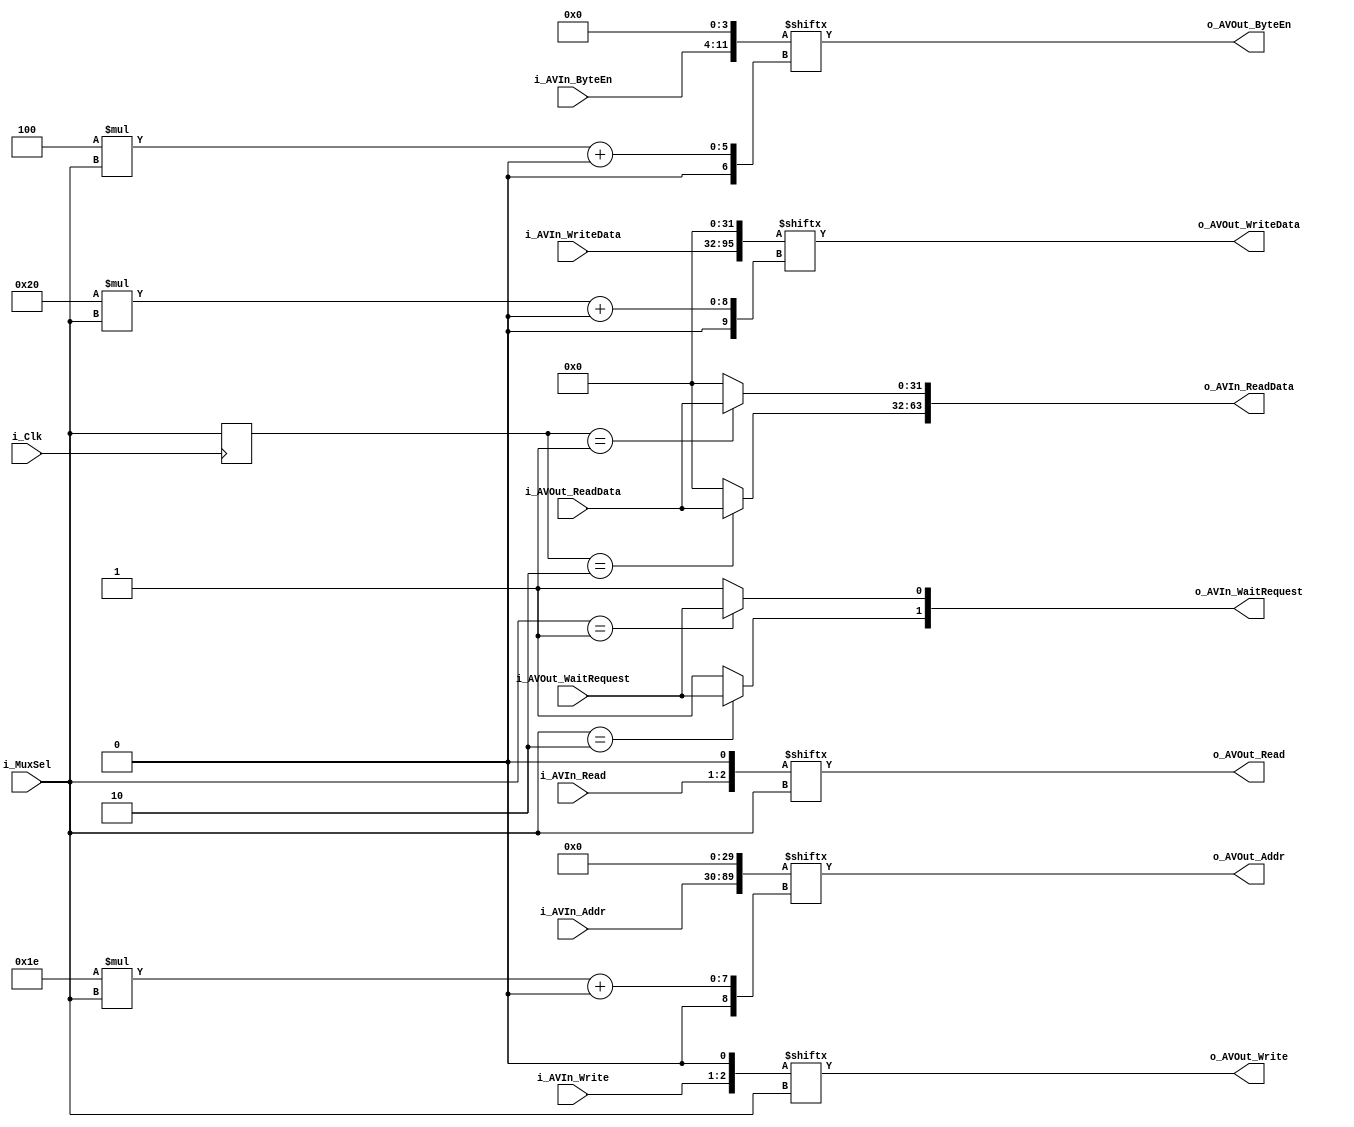
`timescale 1ns / 1ps

module BusMux#(
    parameter NUM_INPUTS = 2 
    )(
    input i_Clk,

    input [$clog2(NUM_INPUTS+1)-1:0]i_MuxSel,

    //Avalon master inputs
    input [(30*(NUM_INPUTS))-1:0] i_AVIn_Addr,
    input [(4*(NUM_INPUTS))-1:0] i_AVIn_ByteEn,
    input [(1*(NUM_INPUTS)-1):0] i_AVIn_Read,
    input [(1*(NUM_INPUTS))-1:0] i_AVIn_Write,
    output reg [(32*(NUM_INPUTS)-1):0] o_AVIn_ReadData,
    input [(32*(NUM_INPUTS)-1):0] i_AVIn_WriteData,
    output reg [(1*(NUM_INPUTS))-1:0] o_AVIn_WaitRequest,

    //Avalon slave output
    output [29:0] o_AVOut_Addr,
    output [3:0] o_AVOut_ByteEn,
    output o_AVOut_Read,
    output o_AVOut_Write,
    input [31:0] i_AVOut_ReadData,
    output [31:0] o_AVOut_WriteData,
    input i_AVOut_WaitRequest
    );

    wire [(30*(NUM_INPUTS+1))-1:0]w_AVIn_Addr = {i_AVIn_Addr, 30'b0};
    wire [(4*(NUM_INPUTS+1))-1:0]w_AVIn_ByteEn = {i_AVIn_ByteEn, 4'b0};
    wire [(1*(NUM_INPUTS+1))-1:0]w_AVIn_Read = {i_AVIn_Read, 1'b0};
    wire [(1*(NUM_INPUTS+1))-1:0]w_AVIn_Write = {i_AVIn_Write, 1'b0};
    wire [(32*(NUM_INPUTS+1))-1:0]w_AVIn_WriteData = {i_AVIn_WriteData, 32'b0};

    reg [$clog2(NUM_INPUTS+1)-1:0]r_Old_MuxSel;

    // Link selected master to slave
    assign o_AVOut_Addr = w_AVIn_Addr[30*i_MuxSel +: 30];
    assign o_AVOut_ByteEn = w_AVIn_ByteEn[4*i_MuxSel +: 4];
    assign o_AVOut_Read = w_AVIn_Read[i_MuxSel];
    assign o_AVOut_Write = w_AVIn_Write[i_MuxSel];
    assign o_AVOut_WriteData = w_AVIn_WriteData[32*i_MuxSel +: 32];

    // Link slave to selected master
    genvar i;
    for (i = 0; i < NUM_INPUTS; i = i + 1) begin : linkBack
        always @(*) begin
            o_AVIn_WaitRequest[i] <= 1;
            o_AVIn_ReadData[32*i +: 32] <= 32'b0;

            // Check if master is selected, is so link wait request
            if(i_MuxSel == i+1)begin
                o_AVIn_WaitRequest[i] <= i_AVOut_WaitRequest;
            end

            // Check if master is selected, if so link read data (One cycle delay)
            if(r_Old_MuxSel == i+1)begin
                o_AVIn_ReadData[32*i +: 32] <= i_AVOut_ReadData;
            end
        end
    end

    always @(posedge i_Clk) begin
        r_Old_MuxSel <= i_MuxSel;
    end
endmodule